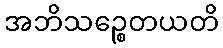
အဘိသဉ္စေတယတိ